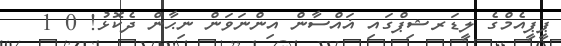
ޕީޕީއެމްގެ ލީޑަރޝިޕްގައި ޣައްސާން އިންނަވަން ނިޙާން ދެކޮޅު! 0 1